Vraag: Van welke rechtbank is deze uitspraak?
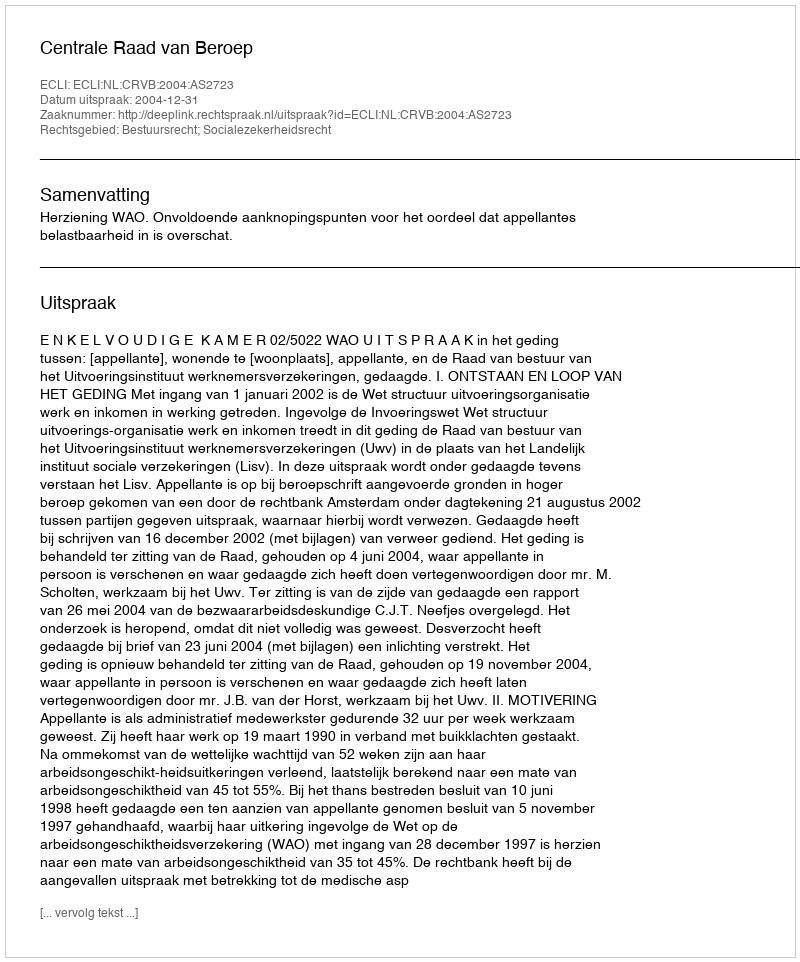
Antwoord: Centrale Raad van Beroep